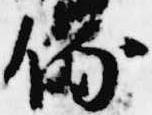
侍